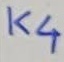
Text: K4